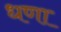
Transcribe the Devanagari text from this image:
धणा